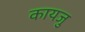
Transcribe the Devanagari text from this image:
कायजु